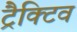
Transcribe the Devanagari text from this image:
ट्रैक्टिव